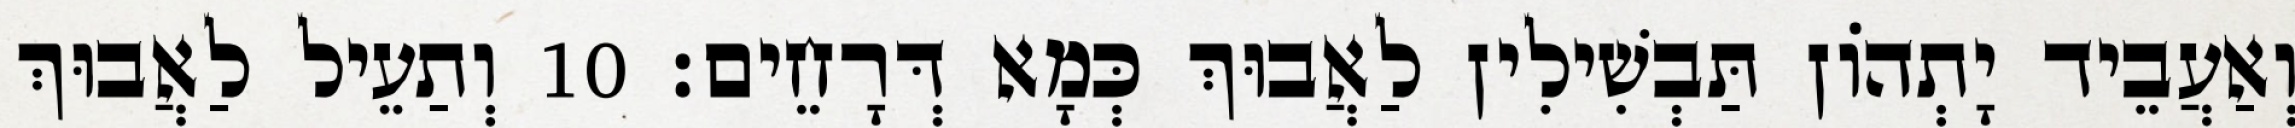
וְאַעֲבֵיד יָתְהוֹן תַּבְשִׁילִין לַאֲבוּךְ כְּמָא דְּרָחֵים׃ 10 וְתַעֵיל לַאֲבוּךְ